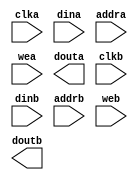
module ram_t3_l13_nocase(
	clka,
	dina,
	addra,
	wea,
	douta,
	clkb,
	dinb,
	addrb,
	web,
	doutb);


input clka;
input [105 : 0] dina;
input [8 : 0] addra;
input [0 : 0] wea;
output [105 : 0] douta;
input clkb;
input [105 : 0] dinb;
input [8 : 0] addrb;
input [0 : 0] web;
output [105 : 0] doutb;

// synthesis translate_off

      BLK_MEM_GEN_V2_8 #(
		.C_ADDRA_WIDTH(9),
		.C_ADDRB_WIDTH(9),
		.C_ALGORITHM(1),
		.C_BYTE_SIZE(9),
		.C_COMMON_CLK(0),
		.C_DEFAULT_DATA("0"),
		.C_DISABLE_WARN_BHV_COLL(0),
		.C_DISABLE_WARN_BHV_RANGE(0),
		.C_FAMILY("virtex2p"),
		.C_HAS_ENA(0),
		.C_HAS_ENB(0),
		.C_HAS_MEM_OUTPUT_REGS_A(0),
		.C_HAS_MEM_OUTPUT_REGS_B(0),
		.C_HAS_MUX_OUTPUT_REGS_A(0),
		.C_HAS_MUX_OUTPUT_REGS_B(0),
		.C_HAS_REGCEA(0),
		.C_HAS_REGCEB(0),
		.C_HAS_SSRA(0),
		.C_HAS_SSRB(0),
		.C_INIT_FILE_NAME("ram_t3_l13_nocase.mif"),
		.C_LOAD_INIT_FILE(1),
		.C_MEM_TYPE(2),
		.C_MUX_PIPELINE_STAGES(0),
		.C_PRIM_TYPE(1),
		.C_READ_DEPTH_A(512),
		.C_READ_DEPTH_B(512),
		.C_READ_WIDTH_A(106),
		.C_READ_WIDTH_B(106),
		.C_SIM_COLLISION_CHECK("ALL"),
		.C_SINITA_VAL("0"),
		.C_SINITB_VAL("0"),
		.C_USE_BYTE_WEA(0),
		.C_USE_BYTE_WEB(0),
		.C_USE_DEFAULT_DATA(1),
		.C_USE_ECC(0),
		.C_USE_RAMB16BWER_RST_BHV(0),
		.C_WEA_WIDTH(1),
		.C_WEB_WIDTH(1),
		.C_WRITE_DEPTH_A(512),
		.C_WRITE_DEPTH_B(512),
		.C_WRITE_MODE_A("WRITE_FIRST"),
		.C_WRITE_MODE_B("WRITE_FIRST"),
		.C_WRITE_WIDTH_A(106),
		.C_WRITE_WIDTH_B(106),
		.C_XDEVICEFAMILY("virtex2p"))
	inst (
		.CLKA(clka),
		.DINA(dina),
		.ADDRA(addra),
		.WEA(wea),
		.DOUTA(douta),
		.CLKB(clkb),
		.DINB(dinb),
		.ADDRB(addrb),
		.WEB(web),
		.DOUTB(doutb),
		.ENA(),
		.REGCEA(),
		.SSRA(),
		.ENB(),
		.REGCEB(),
		.SSRB(),
		.DBITERR(),
		.SBITERR());


// synthesis translate_on

// XST black box declaration
// box_type "black_box"
// synthesis attribute box_type of ram_t3_l13_nocase is "black_box"

endmodule